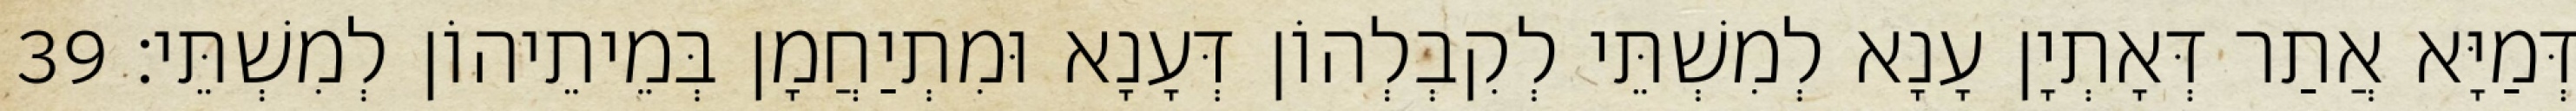
דְּמַיָּא אֲתַר דְּאָתְיָן עָנָא לְמִשְׁתֵּי לְקִבְלְהוֹן דְּעָנָא וּמִתְיַחֲמָן בְּמֵיתֵיהוֹן לְמִשְׁתֵּי׃ 39